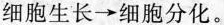
细胞生长→细胞分化。